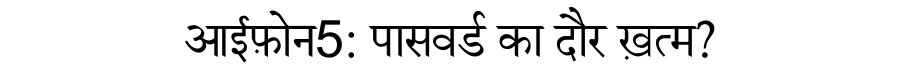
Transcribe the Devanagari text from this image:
आईफ़ोन5: पासवर्ड का दौर ख़त्म?